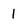
Character: 1